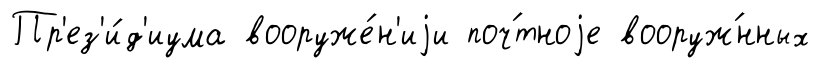
Пр'ез'и́д'иума вооруже́н'иjи поч́тноjе вооруж́нных